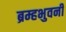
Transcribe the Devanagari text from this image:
ब्रम्हभुवनीं